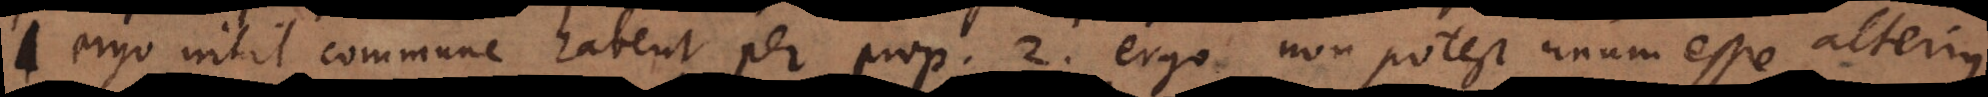
, ergo nihil commune habent per prop. 2, ergo non potest unum esse alterius